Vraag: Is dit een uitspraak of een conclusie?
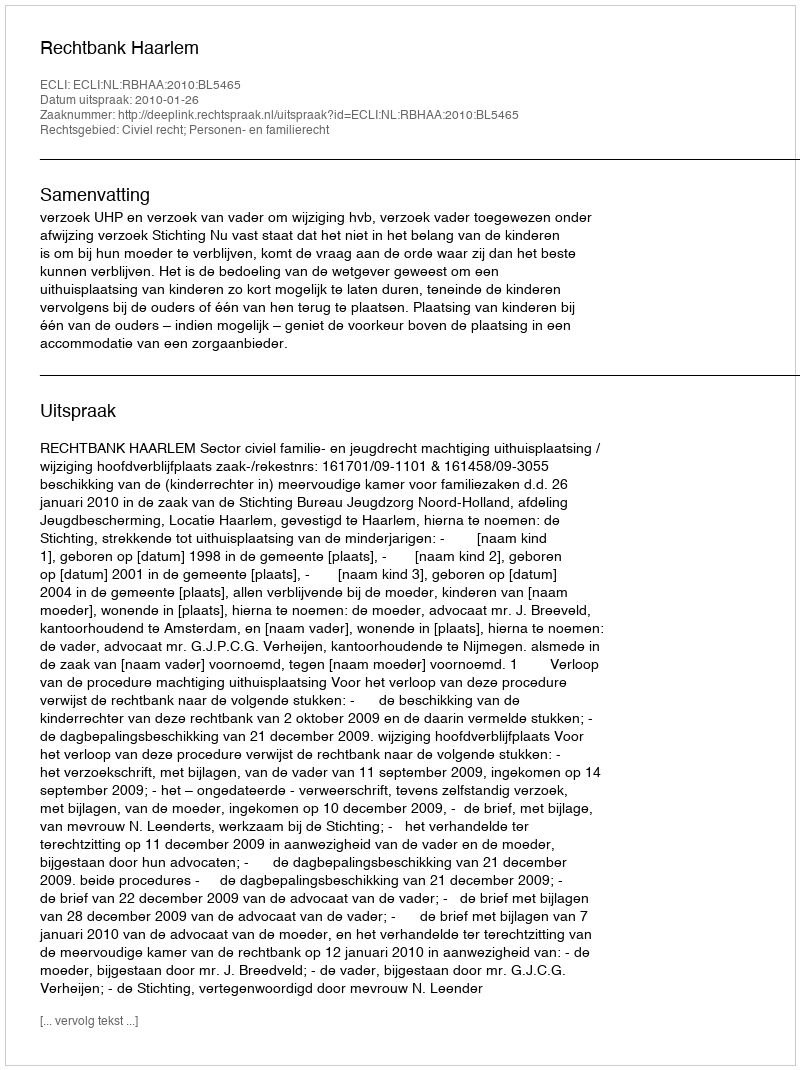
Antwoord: Uitspraak